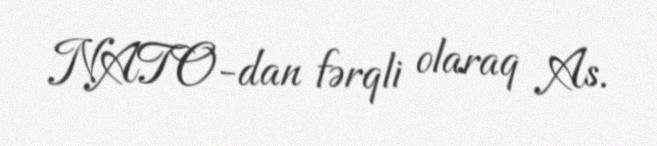
NATO-dan fərqli olaraq As.